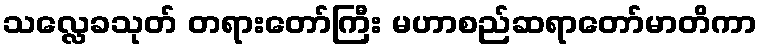
သလ္လေခသုတ် တရားတော်ကြီး မဟာစည်ဆရာတော်မာတိကာ